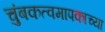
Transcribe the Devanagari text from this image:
चुंबकत्वमापकाच्या